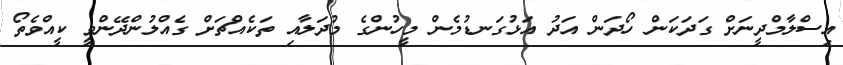
އިސްލާމްދީނަށް ގަދަކަން ހޯދަން އަދު އަޅުގަނޑުމެން މީހުންގެ މުދަލާއި ތަކެއްޗަށް ގެއްލުންދޭންވީ ކީއްވެތޯ